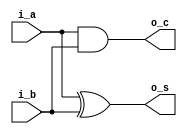
module ipsxe_floating_point_ha_1bit_v1_0
(

	input   i_a,
    input   i_b,
	output  o_c,
    output  o_s
);

	assign o_s = i_a ^ i_b;
	assign o_c = i_a & i_b;

endmodule